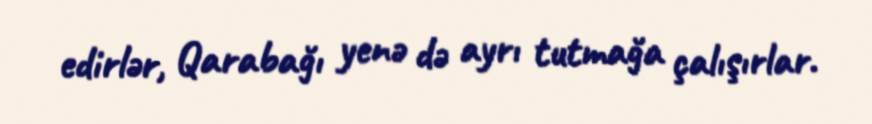
edirlər, Qarabağı yenə də ayrı tutmağa çalışırlar.